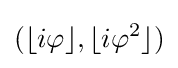
(\lfloor i\varphi \rfloor ,\lfloor i\varphi ^{2}\rfloor )